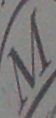
M